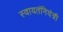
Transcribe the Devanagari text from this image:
स्वायतंनियंत्री